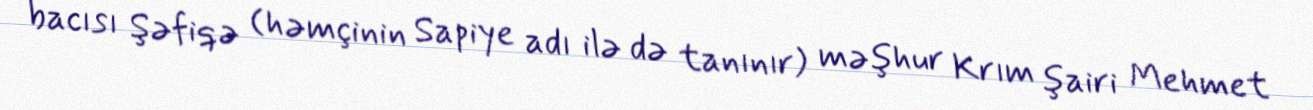
bacısı Şəfiqə (həmçinin Sapiye adı ilə də tanınır) məşhur Krım şairi Mehmet